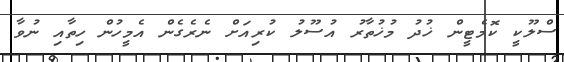
ސްލޫކީ ކޮމެޓީން ޚުދު މުޚުތާރު އުސޫލު ކުރިއަށް ނެރެގެން އެމީހުން ހިތާއި ނުވާ